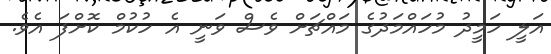
އަލީ ހަމީދު މުހައްމަދުގެ މައްޗަށް ވެސް ވަނީ އެ ހުކުމް ކޮށްފަ އެވެ.